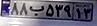
۸۸ب۵۳۹۱۳